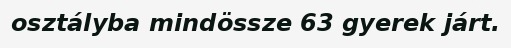
osztályba mindössze 63 gyerek járt.